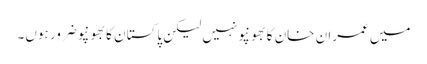
میں عمران خان کا بھونپو نہیں لیکن پاکستان کا بھونپو ضرور ہوں۔